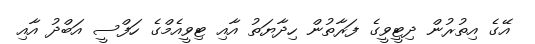
އޭގެ އިތުރުން ދިޓީވީގެ ފަރާތުން ހިދާޔަތު އާއި ޓިވީއެމްގެ ހަފްސީ އަބްދު އާއި